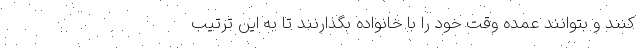
کنند و بتوانند عمده وقت خود را با خانواده بگذارنند تا به این ترتیب